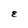
Character: E